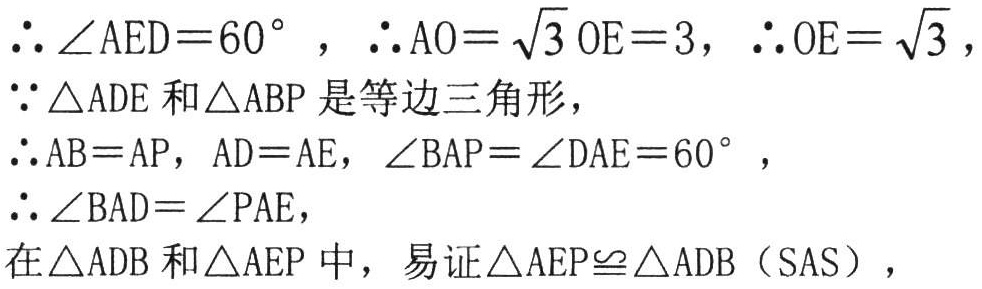
\(\therefore \angle AED = 60^{\circ}, \therefore AO = \sqrt{3}OE = 3, \therefore OE = \sqrt{3},\)

\(\because \triangle ADE\) 和 \(\triangle ABP\) 是等边三角形，

\(\therefore AB = AP, AD = AE, \angle BAP = \angle DAE = 60^{\circ},\)

\(\therefore \angle BAD = \angle PAE,\)

\(\therefore\) 在 \(\triangle ADB\) 和 \(\triangle AEP\) 中，易证 \(\triangle AEP\cong\triangle ADB\)（SAS），